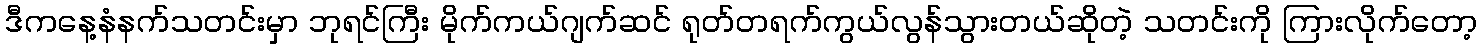
ဒီကနေ့နံနက်သတင်းမှာ ဘုရင်ကြီး မိုက်ကယ်ဂျက်ဆင် ရုတ်တရက်ကွယ်လွန်သွားတယ်ဆိုတဲ့ သတင်းကို ကြားလိုက်တော့